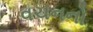
વચનનો